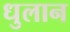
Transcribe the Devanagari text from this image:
धुलान